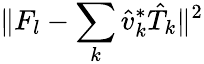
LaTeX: \| F_{l}-\sum_{k}\hat{v}_{k}^{*}\hat{T}_{k}\| ^{2}